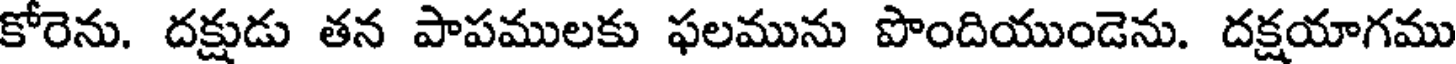
కోరెను. దక్షుడు తన పాపములకు ఫలమును పొందియుండెను. దక్షయాగము